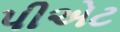
પીએટ